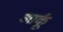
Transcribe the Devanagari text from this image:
आर्कू